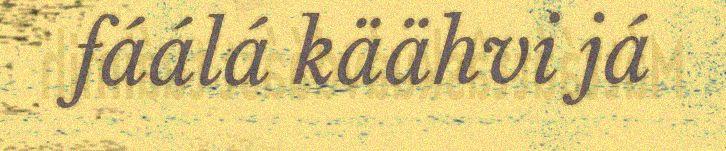
fáálá käähvi já